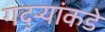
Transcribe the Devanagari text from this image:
गद्र्‍यांकडे